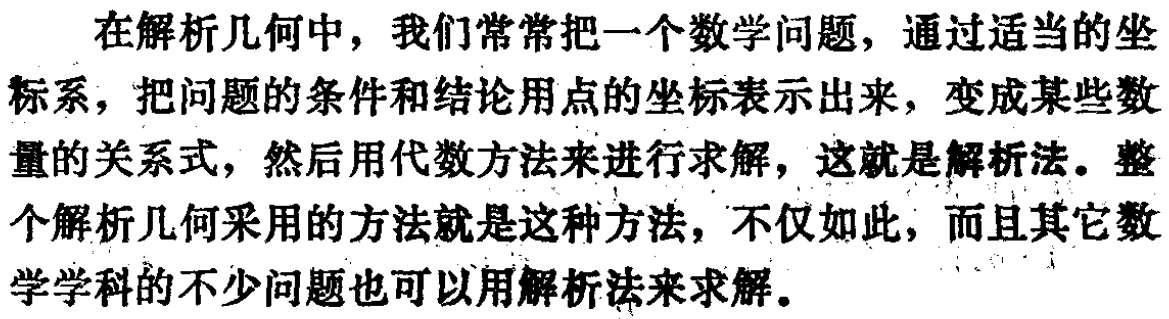
在解析几何中，我们常常把一个数学问题，通过适当的坐标系，把问题的条件和结论用点的坐标表示出来，变成某些数量的关系式，然后用代数方法来进行求解，这就是解析法。整个解析几何采用的方法就是这种方法，不仅如此，而且其它数学学科的不少问题也可以用解析法来求解。